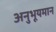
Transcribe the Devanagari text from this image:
अनुभूयमान